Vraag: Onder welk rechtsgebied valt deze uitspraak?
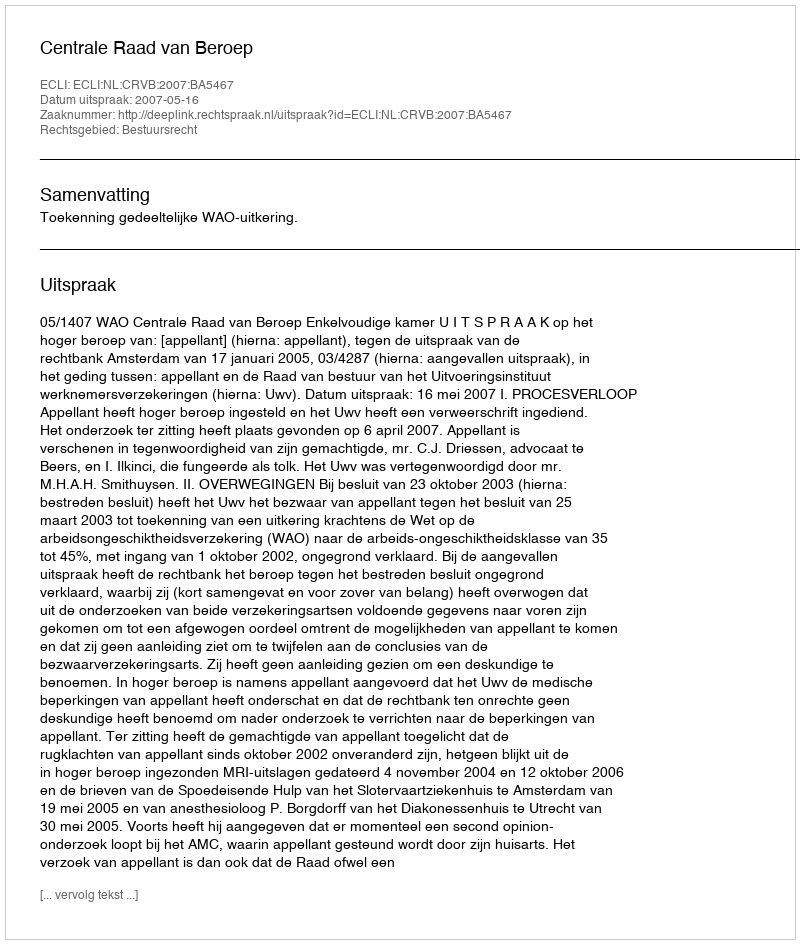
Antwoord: Bestuursrecht